Civil Veterinary Dept. Bombay admin report 1914-1922 - 1914-1922
Year: 1914
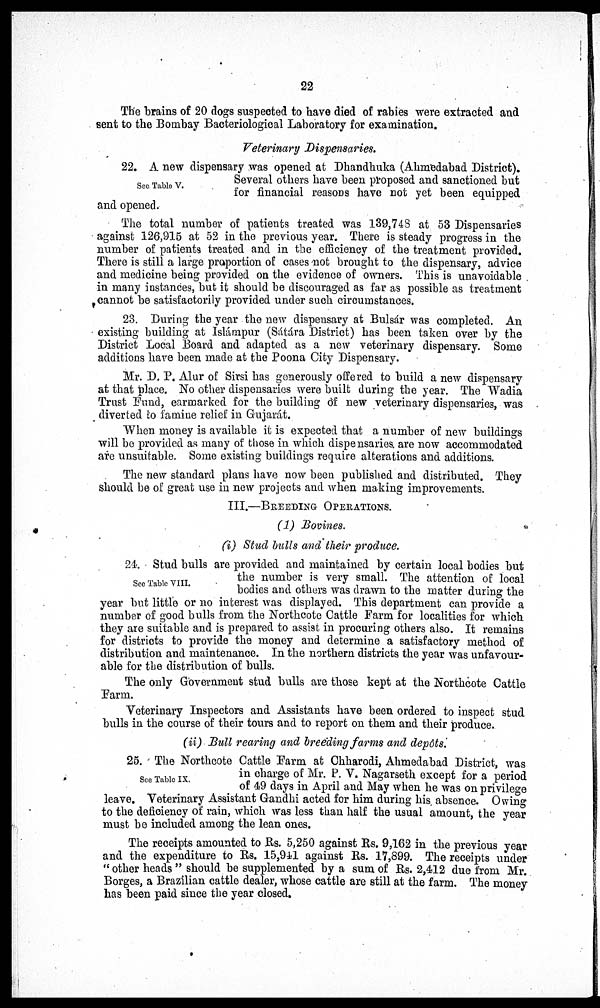
22
The brains of 20 dogs suspected to have died of rabies were extracted and
sent to the Bombay Bacteriological Laboratory for examination.
Veterinary Dispensaries.
See Table V.
22. A new dispensary was opened at Dhandhuka (Ahmedabad District).
Several others have been proposed and sanctioned but
for financial reasons have not yet been equipped
and opened.
The total number of patients treated was 139,748 at 53 Dispensaries
against 126,915 at 52 in the previous year. There is steady progress in the
number of patients treated and in the efficiency of the treatment provided.
There is still a large proportion of cases not brought to the dispensary, advice
and medicine being provided on the evidence of owners. This is unavoidable
in many instances, but it should be discouraged as far as possible as treatment
cannot be satisfactorily provided under such circumstances.
23. During the year the new dispensary at Bulsar was completed. An
existing building at Islámpur (Sátára District) has been taken over by the
District Local Board and adapted as a new veterinary dispensary. Some
additions have been made at the Poona City Dispensary.
Mr. D. P. Alur of Sirsi has generously offered to build a new dispensary
at that place. No other dispensaries were built during the year. The Wadia
Trust Fund, earmarked for the building of new veterinary dispensaries, was
diverted to famine relief in Gujarát.
When money is available it is expected that a number of new buildings
will be provided as many of those in which dispensaries are now accommodated
are unsuitable. Some existing buildings require alterations and additions.
The new standard plans have now been published and distributed. They
should be of great use in new projects and when making improvements.
III.—BREEDING OPERATIONS.
(1) Bovines.
(i) Stud bulls and their produce.
See Table VIII.
24. Stud bulls are provided and maintained by certain local bodies but
the number is very small. The attention of local
bodies and others was drawn to the matter during the
year but little or no interest was displayed. This department can provide a
number of good bulls from the Northcote Cattle Farm for localities for which
they are suitable and is prepared to assist in procuring others also. It remains
for districts to provide the money and determine a satisfactory method of
distribution and maintenance. In the northern districts the year was unfavour-
able for the distribution of bulls.
The only Government stud bulls are those kept at the Northcote Cattle
Farm.
Veterinary Inspectors and Assistants have been ordered to inspect stud
bulls in the course of their tours and to report on them and their produce.
(ii) Bull rearing and breeding farms and depôts.
See Table IX.
25. The Northcote Cattle Farm at Chharodi, Ahmedabad District, was
in charge of Mr. P. V. Nagarseth except for a period
of 49 days in April and May when he was on privilege
leave. Veterinary Assistant Gandhi acted for him during his absence. Owing
to the deficiency of rain, which was less than half the usual amount, the year
must be included among the lean ones.
The receipts amounted to Rs. 5,250 against Rs. 9,162 in the previous year
and the expenditure to Rs. 15,941 against Rs. 17,899. The receipts under
" other heads " should be supplemented by a sum of Rs. 2,412 due from Mr.
Borges, a Brazilian cattle dealer, whose cattle are still at the farm. The money
has been paid since the year closed.